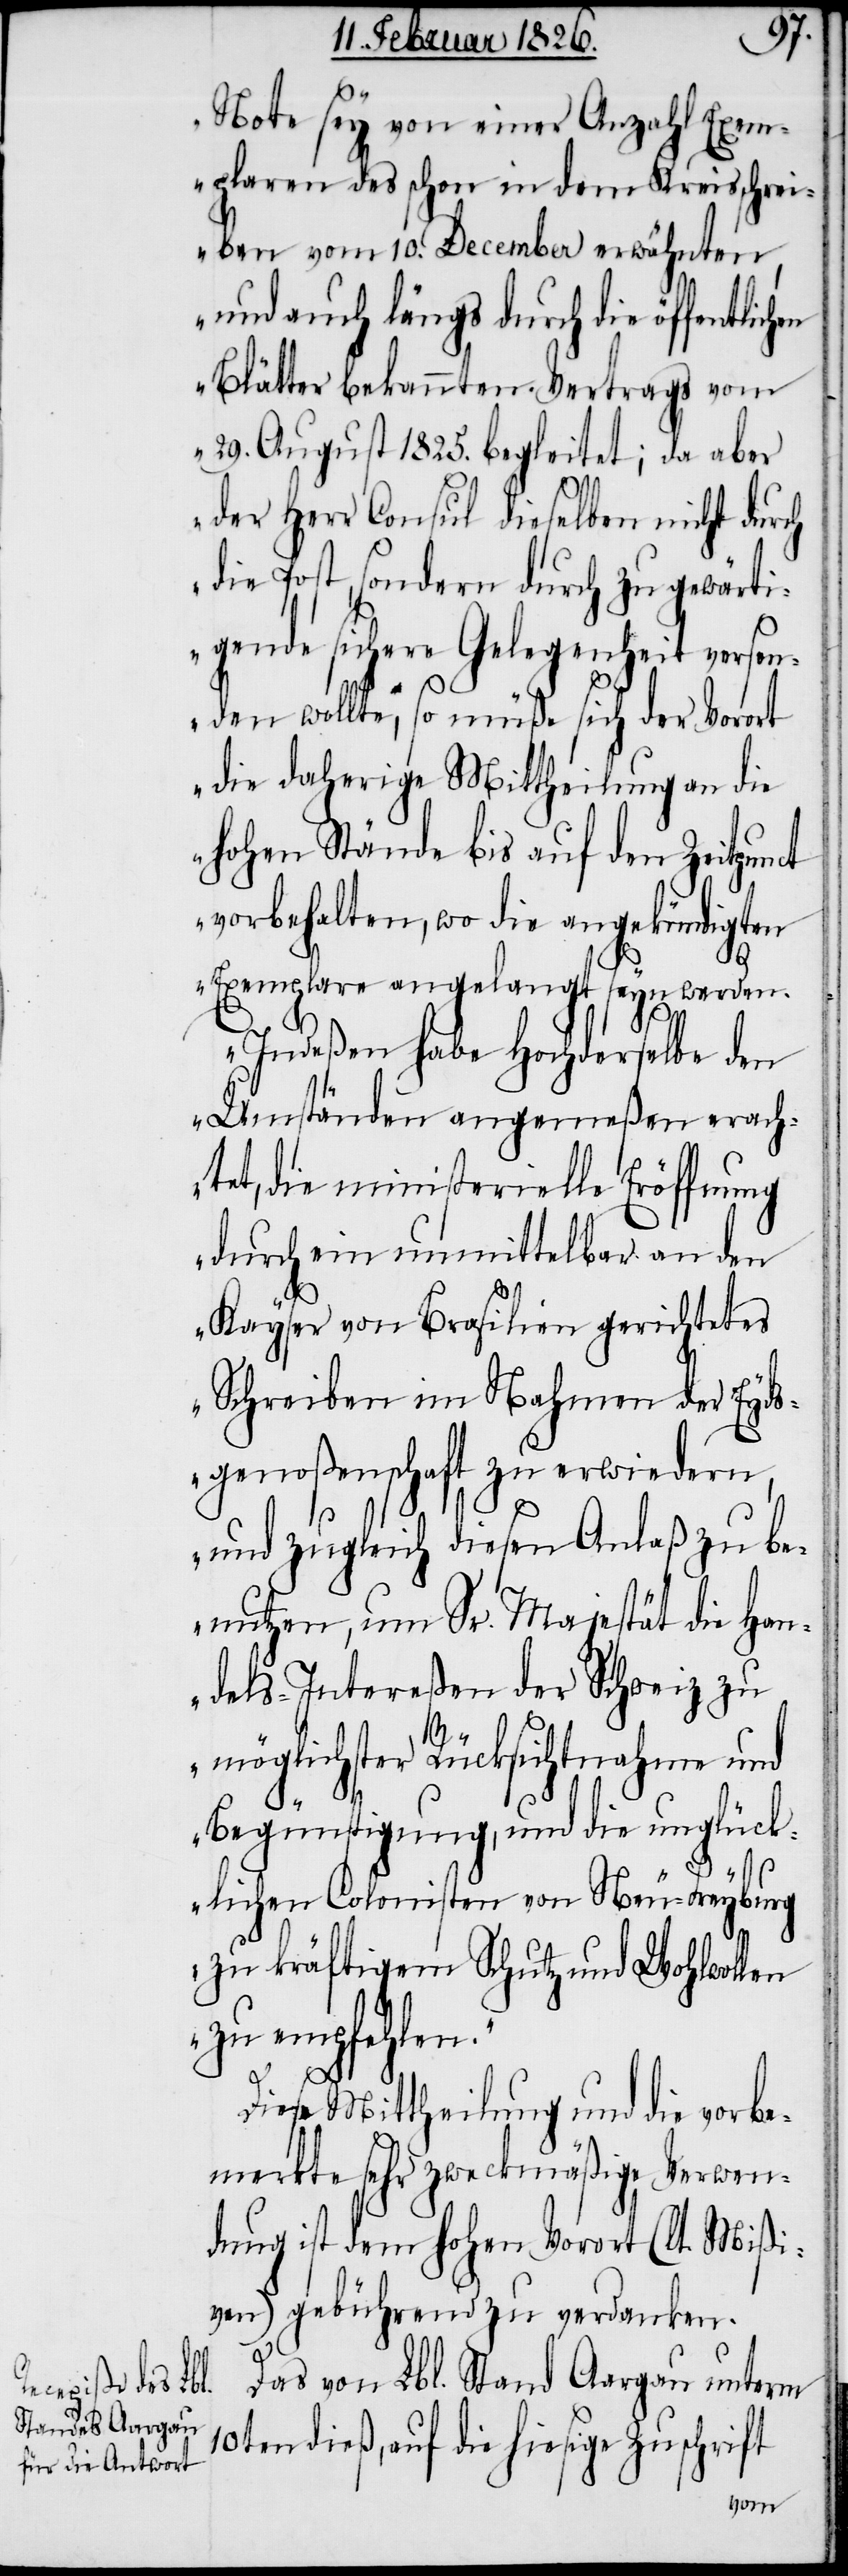
Note sey von einer Anzahl Exem¬
plaren des schon in dem Kreisschrei¬
ben vom 10. December erwähnten,
und auch längs[t] durch die öffentlich¬
Blätter bekannten Vertrags vom
29. August 1825. begleitet; da aber
der Herr Consul dieselben nicht durch
die Post, sondern durch zu gewärti¬
gende sichere Gelegenheit vorsen¬
den wollte, so müße sich der Vorort
die daherige Mittheilung an die
hohen Stände bis auf den Zeitpunct
vorbehalten, wo die angekündigten
Exemplare angelangt seyn werden.
Indeßen habe Hochderselbe den
Umständen angemeßen erach¬
tet, die ministerielle Eröffnung
durch ein unmittelbar an den
Kayser von Brasilien gerichtetes
Schreiben im Namen der Eyds¬
genoßenschaft zu erwiedern,
und zugleich diesen Anlaß zu be¬
nutzen, um Sr. Majestät die Han¬
dels-Intereßen der Schweiz zu
möglichster Rücksichtnahme und
Begünstigung, und die unglück¬
lichen Colonisten von Neu-Freyburg
zu kräftigem Schutz und Wohlwollen
zu empfehlen.“
Diese Mittheilung und die vorbe¬
merkte sehr zweckmäßige Verwen¬
dung ist dem hohen Vorort (lt. Mißi¬
ven) gebührend zu verdanken.
Das von Lbl. Stand Aargau unterm
10ten dieß, auf die hiesige Zuschrift
en